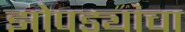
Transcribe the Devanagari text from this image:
झोपड्यांचा